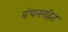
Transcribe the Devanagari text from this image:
बंधनरहित